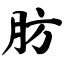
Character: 肪